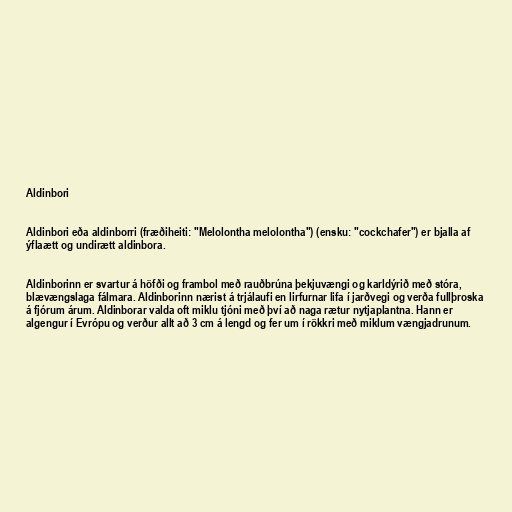
Aldinbori

Aldinbori eða aldinborri (fræðiheiti: "Melolontha melolontha") (ensku: "cockchafer") er bjalla af
ýflaætt og undirætt aldinbora.

Aldinborinn er svartur á höfði og frambol með rauðbrúna þekjuvængi og karldýrið með stóra,
blævængslaga fálmara. Aldinborinn nærist á trjálaufi en lirfurnar lifa í jarðvegi og verða fullþroska
á fjórum árum. Aldinborar valda oft miklu tjóni með því að naga rætur nytjaplantna. Hann er
algengur í Evrópu og verður allt að 3 cm á lengd og fer um í rökkri með miklum vængjadrunum.